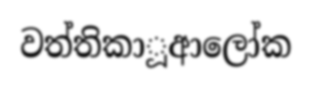
වත්තිකාූආලෝක